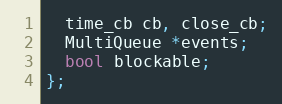
Language: C
  time_cb cb, close_cb;
  MultiQueue *events;
  bool blockable;
};